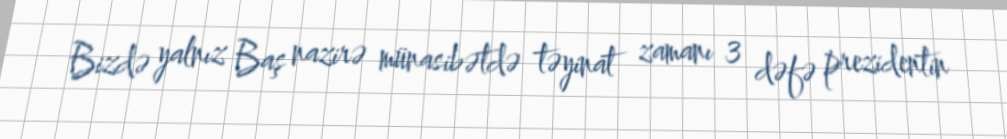
Bizdə yalnız Baş nazirə münasibətdə təyinat zamanı 3 dəfə prezidentin